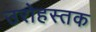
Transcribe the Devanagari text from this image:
उरोहस्तक